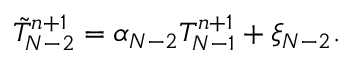
\tilde { T } _ { N - 2 } ^ { n + 1 } = { \alpha _ { N - 2 } } T _ { N - 1 } ^ { n + 1 } + { \xi _ { N - 2 } } .